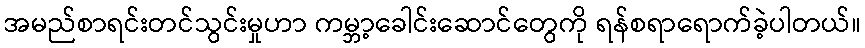
အမည်စာရင်းတင်သွင်းမှုဟာ ကမ္ဘာ့ခေါင်းဆောင်တွေကို ရန်စရာရောက်ခဲ့ပါတယ်။